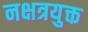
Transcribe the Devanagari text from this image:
नक्षत्रयुक्त